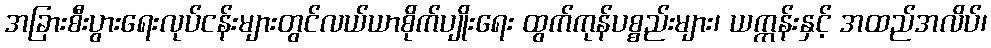
အခြားစီးပွားရေးလုပ်ငန်းများတွင်လယ်ယာစိုက်ပျိုးရေး ထွက်ကုန်ပစ္စည်းများ၊ ယက္ကန်းနှင့် အထည်အလိပ်၊